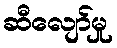
ဆီလျော်မှု